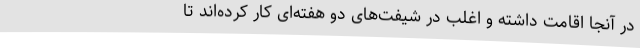
در آنجا اقامت داشته و اغلب در شیفت‌های دو هفته‌ای کار کرده‌اند تا